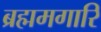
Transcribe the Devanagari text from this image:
ब्रह्ममगारि